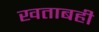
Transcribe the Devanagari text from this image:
खताबही